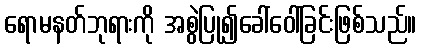
ရောမနတ်ဘုရားကို အစွဲပြု၍ခေါ်ဝေါ်ခြင်းဖြစ်သည်။